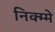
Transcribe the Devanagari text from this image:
निक्म्मे